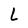
Character: l